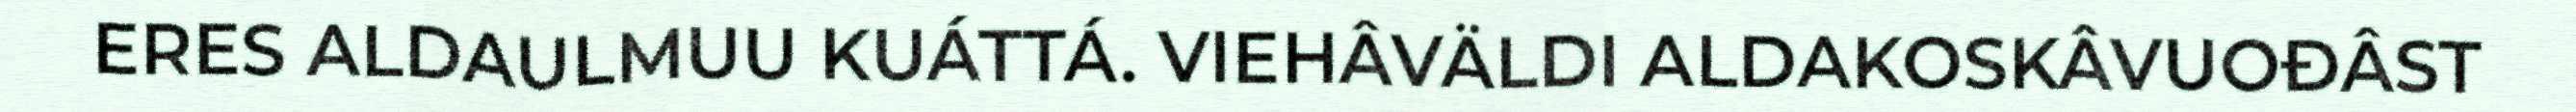
ERES ALDAULMUU KUÁTTÁ. VIEHÂVÄLDI ALDAKOSKÂVUOĐÂST